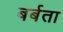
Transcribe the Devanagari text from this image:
बर्बता